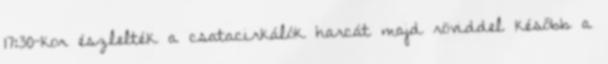
17:30-kor észlelték a csatacirkálók harcát majd röviddel később a